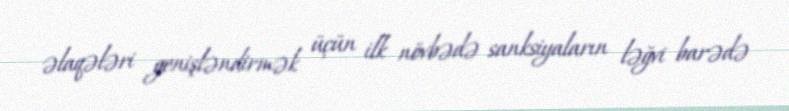
əlaqələri genişləndirmək üçün ilk növbədə sanksiyaların ləğvi barədə